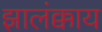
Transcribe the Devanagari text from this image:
झालंक्काय